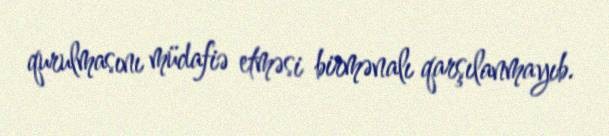
qurulmasını müdafiə etməsi birmənalı qarşılanmayıb.